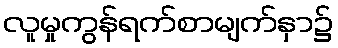
လူမှုကွန်ရက်စာမျက်နှာ၌